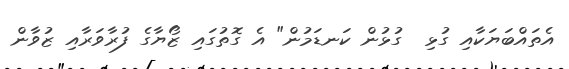
އެތައްބަޔަކާއި ގުޅި  ގުޅުން ކަނޑަމުން" އެ ގޮތުގައި ޒޯޔާގެ ފުރާވަރާއި ޒުވާން